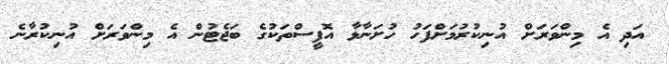
އަދި އެ މިންވަރަށް އުނިކުރުމަށްފަހު ހުށަނާޅާ އޮފީސްތަކުގެ ބަޖެޓުން އެ މިންވަރަށް އުނިކުރާނެ